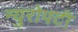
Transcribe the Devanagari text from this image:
न्युरोपटी